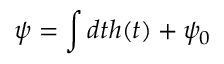
\psi = \int d t h ( t ) + \psi _ { 0 }